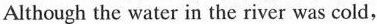
Although the water in the river was cold,